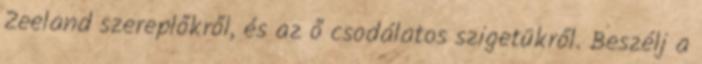
Zeeland szereplőkről, és az ő csodálatos szigetükről. Beszélj a